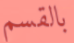
بالقسم